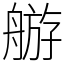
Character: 䑻